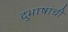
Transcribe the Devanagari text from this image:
दुभाषांची